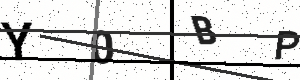
Text: Y0BP